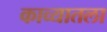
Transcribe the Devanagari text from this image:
काव्यातला